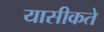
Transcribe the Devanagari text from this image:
यासीकते